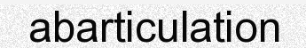
abarticulation